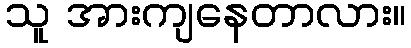
သူ အားကျနေတာလား။